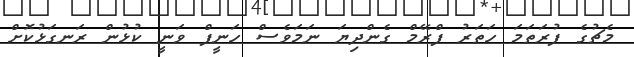
މެޗުގެ ފުރަތަމަ ހަތަރު ފްރޭމް ގެންދިޔަ ނަމަވެސް ހަނީފް ވަނީ ކުޅުން ރަނގަޅުކޮށް